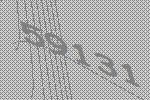
59131